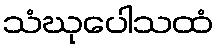
သံဃုပေါသထံ